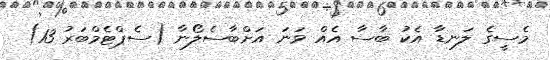
މެސީގެ ލަނޑާ އެކު ބާސާ އެއް ވަނަ އަށްބާސެލޯނާ (ސެޕްޓެމްބަރު 13)